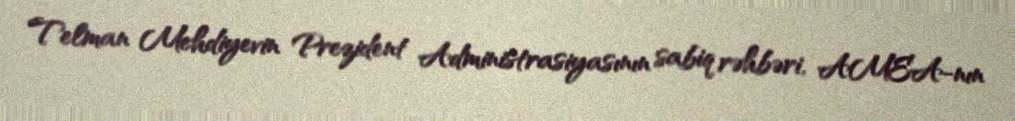
Telman Mehdiyevin Prezident Administrasiyasının sabiq rəhbəri, AMEA-nın